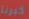
كبرنا